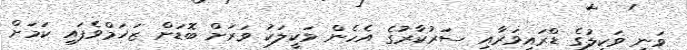
ވަނީ ވަކީލުގެ ޑްރައިވަރާއި ސަރުކާރުގެ އެހެން ވަކީލަކު ވަރަށް ބޮޑަށް ޒަޚަމްވެފައި ކަމަށް